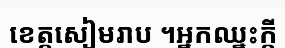
ខេត្តសៀមរាប ។អ្នកឈ្នះក្តី